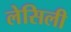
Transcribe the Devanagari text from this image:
लेसिली